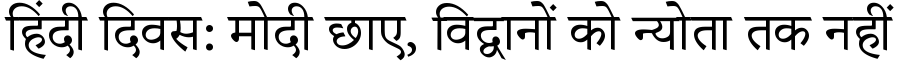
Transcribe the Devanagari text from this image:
हिंदी दिवस: मोदी छाए, विद्वानों को न्योता तक नहीं